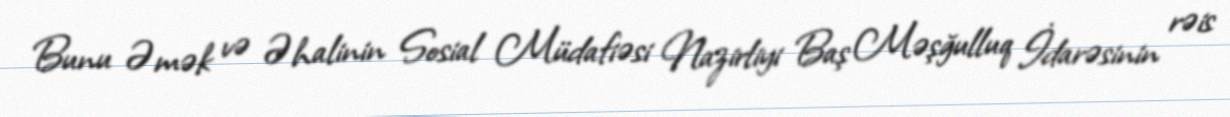
Bunu Əmək və Əhalinin Sosial Müdafiəsi Nazirliyi Baş Məşğulluq İdarəsinin rəis